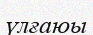
үлғаюы